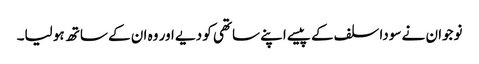
نوجوان نے سودا سلف کے پیسے اپنے ساتھی کو دیے اور وہ ان کے ساتھ ہو لیا۔